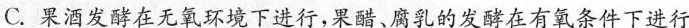
C.果酒发酵在无氧环境下进行，果醋、腐乳的发酵在有氧条件下进行